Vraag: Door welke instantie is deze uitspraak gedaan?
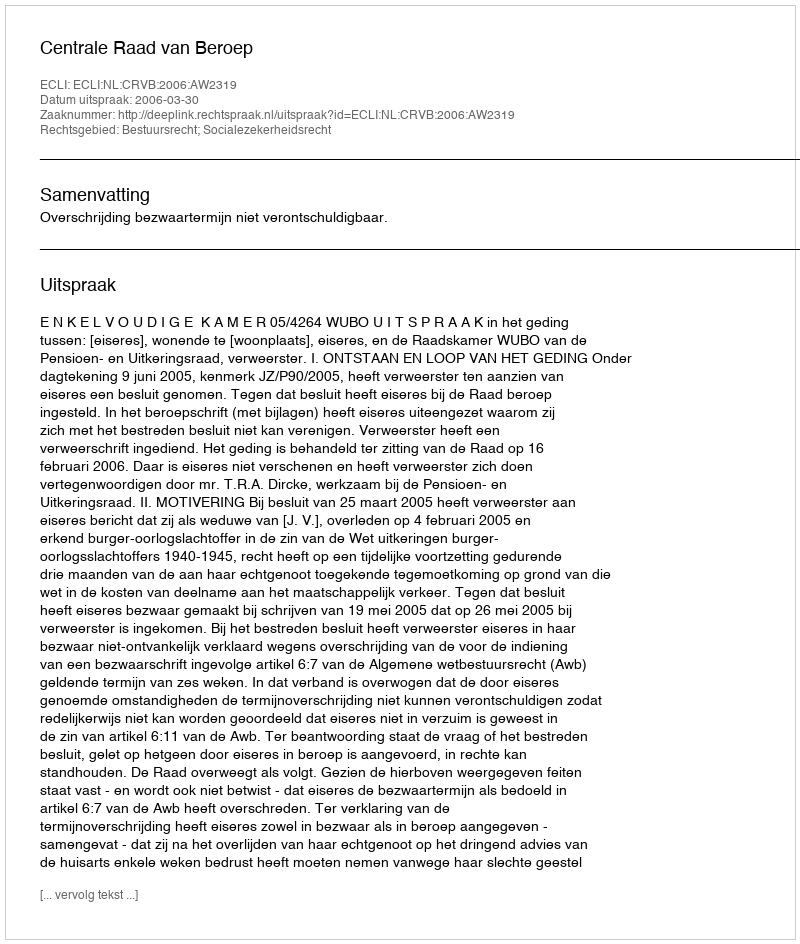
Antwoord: Centrale Raad van Beroep